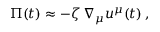
\Pi ( t ) \approx - \zeta \, \nabla _ { \mu } u ^ { \mu } ( t ) \, ,